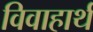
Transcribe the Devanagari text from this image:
विवाहार्थ